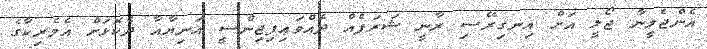
އެންޖެލީނާ ޖޯލީ އަށް އިނގިރޭސި ރާނީ ޝަރަފެއް ދެއްވައިފިޖިންސީ އަނިޔާއާ ދެކޮޅަށް އެމެރިކާގެ